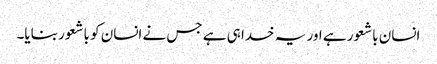
انسان باشعور ہے اور یہ خدا ہی ہے جس نے انسان کو باشعور بنایا۔